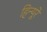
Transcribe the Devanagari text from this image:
हिन्यूरे